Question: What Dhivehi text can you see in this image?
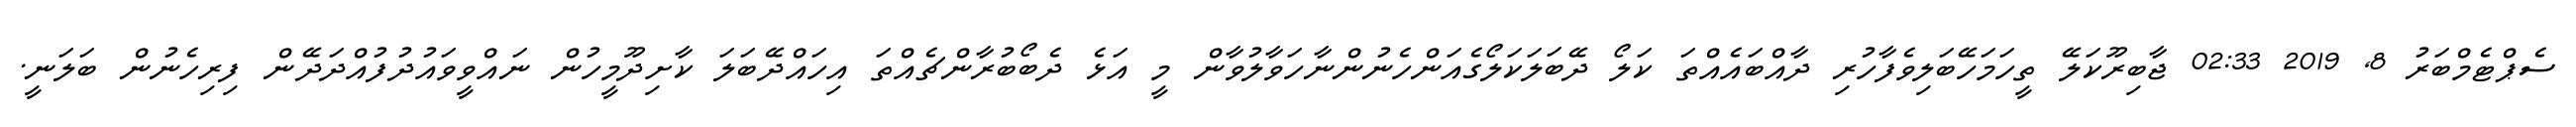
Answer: ސެޕްޓެމްބަރު 8, 2019 02:33 ޖާބިރޫކަލޭ ތީހަމަހޭބަލިވެފާހުރި ދާއްބައެއްތަ ކަލޯ ދޭބަލަކަލޯގެއަންހެނުންނާހަވާލުވާން މީ އަޅެ ދެބޯބުރާންޗެއްތަ އިހައްދޭބަލަ ކާށިދޫމީހުން ނައްވީވައުދުފުއްދަދޭން ފިރިހެނުން ބަލަނީ.